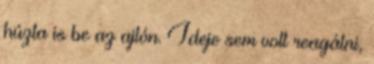
húzta is be az ajtón. Ideje sem volt reagálni,